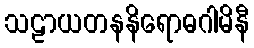
သဠာယတနနိရောဓဂါမိနီ